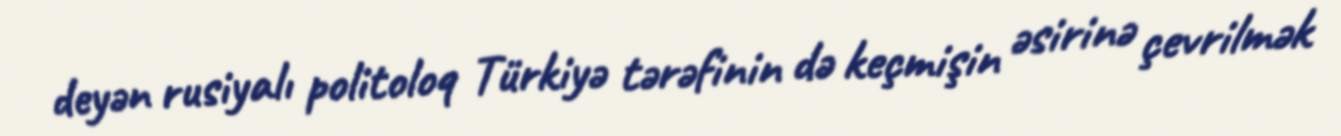
deyən rusiyalı politoloq Türkiyə tərəfinin də keçmişin əsirinə çevrilmək